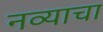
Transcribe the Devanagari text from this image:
नव्याचा